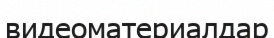
видеоматериалдар